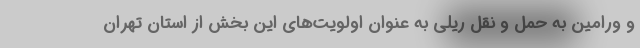
و ورامین به حمل و نقل ریلی به عنوان اولویت‌های این بخش از استان تهران